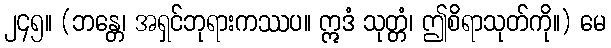
၂၄၅။ (ဘန္တေ၊ အရှင်ဘုရားကဿပ။ ဣဒံ သုတ္တံ၊ ဤစိရာသုတ်ကို။) မေ